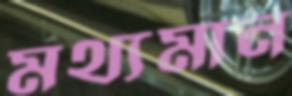
মথ্যমান